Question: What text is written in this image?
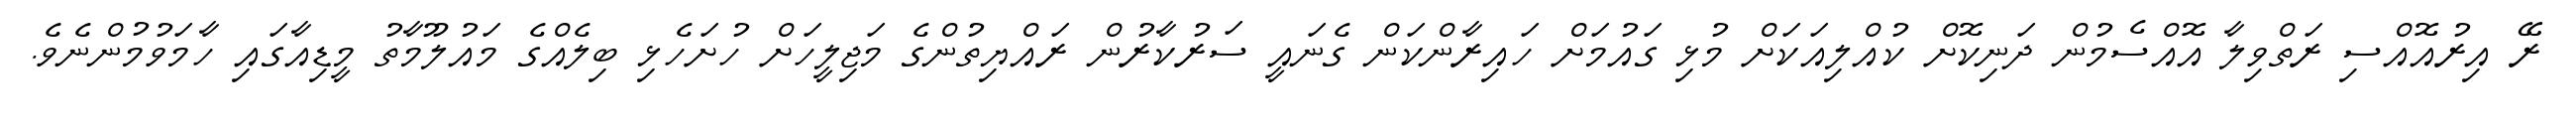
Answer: ރޭ އިރުއޮއްސި ރަތްވިލާ އޮއްސެމުން ދަނިކޮށް ކުއްލިއަކަށް މުޅި ގައުމަށް ހައިރާންކަން ގެނައީ ސަރުކާރުން ރައްޔިތުންގެ މަޖިލީހަށް ހުށަހެޅި ބިލެއްގެ މައުލޫމާތު މީޑިއާގައި ހާމަވުމުންނެވެ.